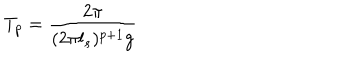
LaTeX: T _ { p } = \frac { 2 \pi } { ( 2 \pi l _ { s } ) ^ { p + 1 } g }